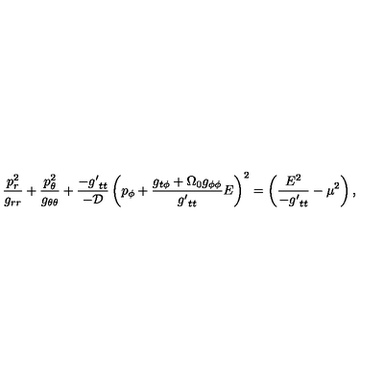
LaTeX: \frac { p _ { r } ^ { 2 } } { g _ { r r } } + \frac { p _ { \theta } ^ { 2 } } { g _ { \theta \theta } } + \frac { - { g ^ { \prime } } _ { t t } } { - \cal D } \left( p _ { \phi } + \frac { g _ { t \phi } + \Omega _ { 0 } g _ { \phi \phi } } { { g ^ { \prime } } _ { t t } } E \right) ^ { 2 } = \left( \frac { E ^ { 2 } } { - { g ^ { \prime } } _ { t t } } - \mu ^ { 2 } \right) ,